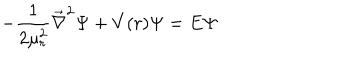
LaTeX: - { \frac { 1 } { 2 \mu _ { r } ^ { 2 } } } { \vec { \nabla } } ^ { 2 } \Psi + V ( r ) \Psi = E \Psi \